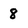
Character: 8